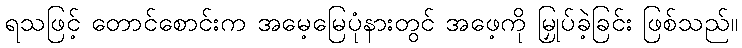
ရသဖြင့် တောင်စောင်းက အမေ့မြေပုံနားတွင် အဖေ့ကို မြှုပ်ခဲ့ခြင်း ဖြစ်သည်။